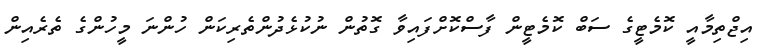
އިޖްތިމާއީ ކޮމެޓީގެ ސަބް ކޮމެޓީން ފާސްކޮށްފައިވާ ގޮތުން ނުކުޅެދުންތެރިކަން ހުންނަ މީހުންގެ ތެރެއިން